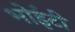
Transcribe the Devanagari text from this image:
भोईटी